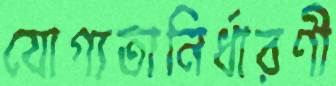
যোগ্যতানির্ধারণী